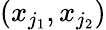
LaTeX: (x_{j_{1}},x_{j_{2}})